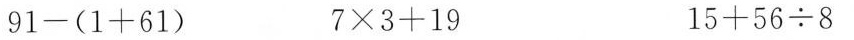
$$91-(1+61)$$ $$7\times3+19$$ $$15+56\div8$$